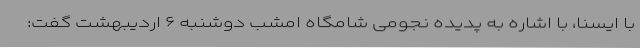
با ایسنا، با اشاره به پدیده نجومی شامگاه امشب دوشنبه ۶ اردیبهشت گفت: